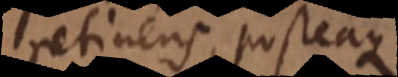
retinens, posteaque